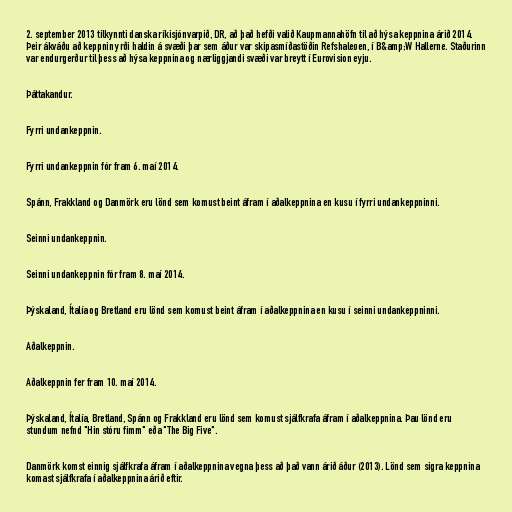
2. september 2013 tilkynnti danska ríkisjónvarpið, DR, að það hefði valið Kaupmannahöfn til að hýsa keppnina árið 2014.
Þeir ákváðu að keppnin yrði haldin á svæði þar sem áður var skipasmíðastöðin Refshaleøen, í B&amp;W Hallerne. Staðurinn
var endurgerður til þess að hýsa keppnina og nærliggjandi svæði var breytt í Eurovision eyju.

Þáttakandur.

Fyrri undankeppnin.

Fyrri undankeppnin fór fram 6. maí 2014.

Spánn, Frakkland og Danmörk eru lönd sem komust beint áfram í aðalkeppnina en kusu í fyrri undankeppninni.

Seinni undankeppnin.

Seinni undankeppnin fór fram 8. maí 2014.

Þýskaland, Ítalía og Bretland eru lönd sem komust beint áfram í aðalkeppnina en kusu í seinni undankeppninni.

Aðalkeppnin.

Aðalkeppnin fer fram 10. maí 2014.

Þýskaland, Ítalía, Bretland, Spánn og Frakkland eru lönd sem komust sjálfkrafa áfram í aðalkeppnina. Þau lönd eru
stundum nefnd "Hin stóru fimm" eða "The Big Five".

Danmörk komst einnig sjálfkrafa áfram í aðalkeppnina vegna þess að það vann árið áður (2013). Lönd sem sigra keppnina
komast sjálfkrafa í aðalkeppnina árið eftir.